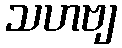
သဟဗျ